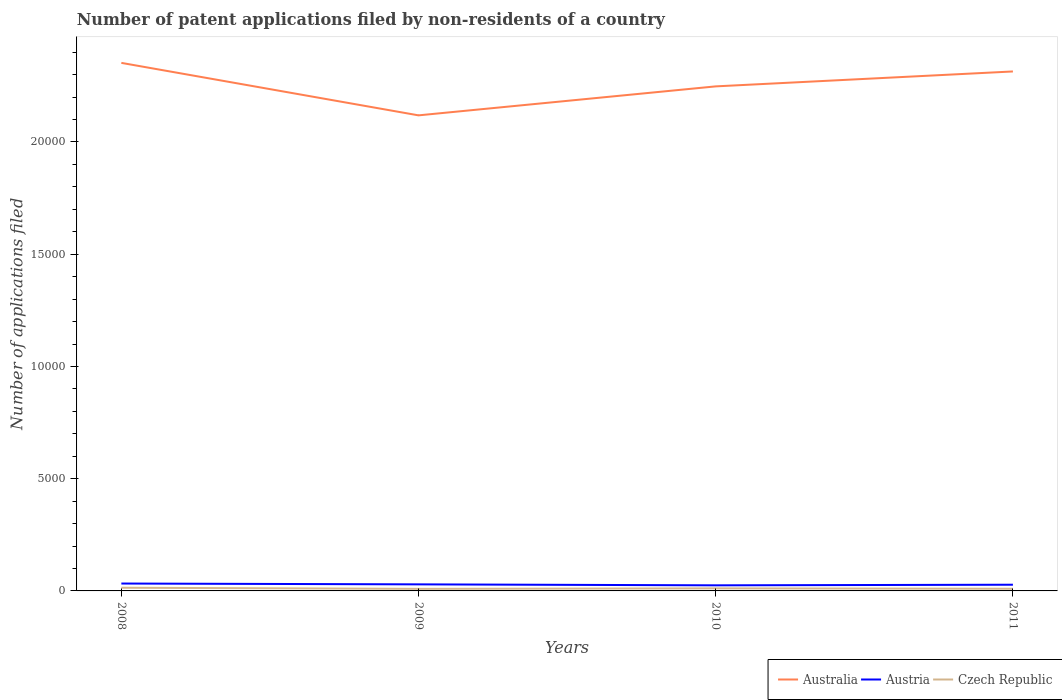
| Years | Australia | Austria | Czech Republic |
 | --- | --- | --- | --- |
 | 2008 | 2.35e+04 | 329 | 142 |
 | 2009 | 2.12e+04 | 292 | 92 |
 | 2010 | 2.25e+04 | 249 | 114 |
 | 2011 | 2.31e+04 | 276 | 97 |